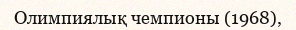
Олимпиялық чемпионы (1968),